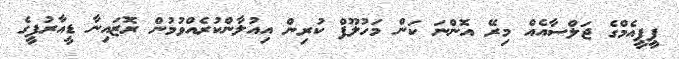
ޕީޕީއެމްގެ ޖަލްސާއެއް މިރޭ އޮންނަ ކަން މަހުލޫފް ކުރިން އިއުލާންކުރެއްވުމުން ރޮޒައިނާ ޑީއާރުޕީގެ